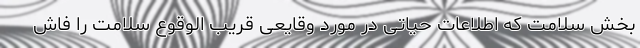
بخش سلامت که اطلاعات حیاتی در مورد وقایعی قریب الوقوع سلامت را فاش